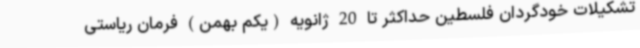
تشکیلات خودگردان فلسطین حداکثر تا 20 ژانویه (یکم بهمن) فرمان ریاستی